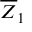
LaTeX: { \overline { { Z } } } _ { 1 }